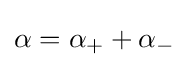
\alpha =\alpha _{+}+\alpha _{-}